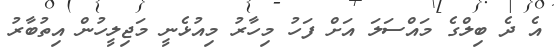
އެ ދެ ބިލްގެ މައްސަލަ އަށް ފަހު މިހާރު މިއުޅެނީ މަޖިލީހުން އިތުބާރު